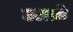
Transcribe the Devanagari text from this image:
उलाकें